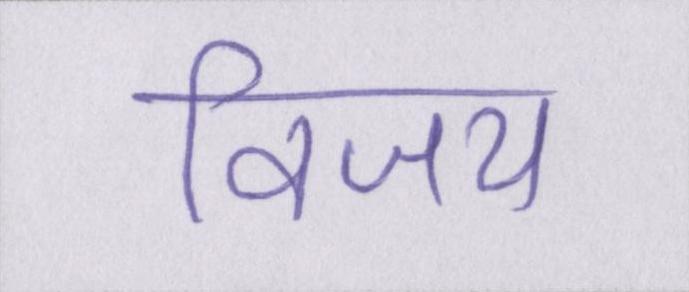
विजय